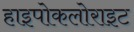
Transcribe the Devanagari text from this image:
हाइपोकलोराइट